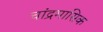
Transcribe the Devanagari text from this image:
चांद्रमासिक